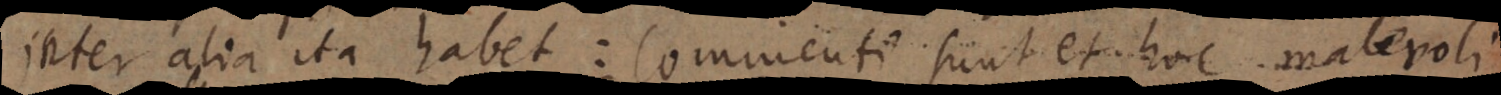
inter alia ita habet: Commenti sunt et hoc malevoli